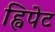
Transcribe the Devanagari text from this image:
ह्विपेट